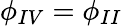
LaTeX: \phi_{IV}=\phi_{II}